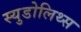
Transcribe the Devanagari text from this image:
स्युडोलिथ्स